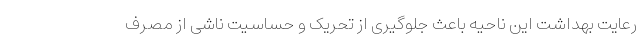
رعایت بهداشت این ناحیه باعث جلوگیری از تحریک و حساسیت ناشی از مصرف